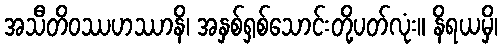
အသီတိဝဿဟဿာနိ၊ အနှစ်ရှစ်သောင်းတို့ပတ်လုံး။ နိရယမှိ၊